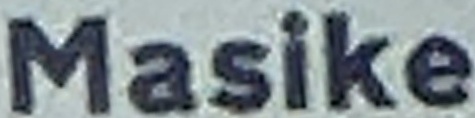
Masike